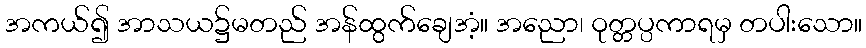
အကယ်၍ အာသယ၌မတည် အန်ထွက်ချေအံ့။ အညော၊ ဝုတ္တပ္ပကာရမှ တပါးသော။